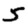
Digit: 5